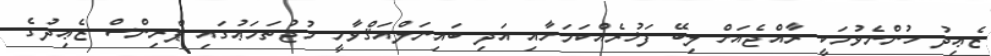
ޒެޢިދު ހުންނެވުމަކީ ރާއްޖެއަށް ލިބޭ ފަޚުރެއްކަމަށާއި އަދި ބައިނަލްއަޤްވާމީ މުޖުތަމަޢުގައި ޕްރިންސް ޒެޢިދުގެ